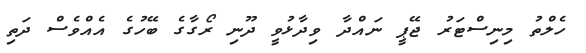
ހެލްތު މިނިސްޓަރު ޖޭޕީ ނައްދާ ވިދާޅުވީ ދޫނި ރޯގާގެ ބޭހުގެ އެއްވެސް ދަތި